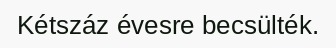
Kétszáz évesre becsülték.